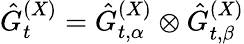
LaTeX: \hat{G}_{t}^{(X)}=\hat{G}_{t,\alpha}^{(X)}\otimes\hat{G}_{t,\beta}^{(X)}